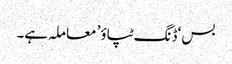
بس ‘ڈنگ ٹپاؤ’ معاملہ ہے۔